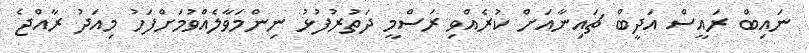
ނައިބް ރައީސް އަދީބް ޗައިނާއަށް ކުރެއްވި ރަސްމީ ދަތުރުފުޅު ނިންމަވާލެއްވުމަށްފަހު މިއަދު ރާއްޖެ